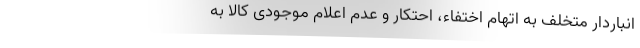
انباردار متخلف به اتهام اختفاء، احتکار و عدم اعلام موجودی کالا به